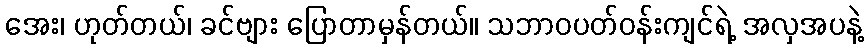
အေး၊ ဟုတ်တယ်၊ ခင်ဗျား ပြောတာမှန်တယ်။ သဘာဝပတ်ဝန်းကျင်ရဲ့ အလှအပနဲ့